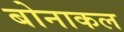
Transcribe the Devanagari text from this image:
बोनाकल